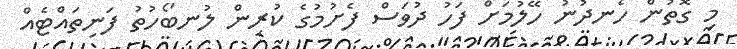
މި ގޮތުން ހެނދުނު ހޭލުމަށް ފަހު ދުވަސް ފެށުމުގެ ކުރިން ލުނބޯހުތު ފަނިތައްޓެއް